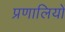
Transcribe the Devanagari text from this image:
प्रणालियों